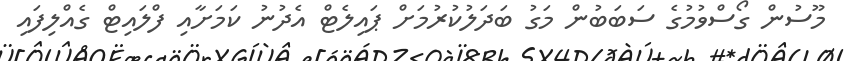
މޫސުން ގޯސްވުމުގެ ސަބަބުން މަގު ބަދަލުކުރުމަށް ޕައިލެޓް އެދުނު ކަމަށާއި ފްލައިޓް ގެއްލިފައި